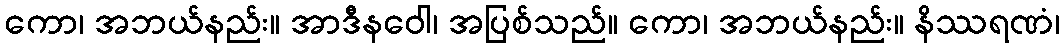
ကော၊ အဘယ်နည်း။ အာဒီနဝေါ၊ အပြစ်သည်။ ကော၊ အဘယ်နည်း။ နိဿရဏံ၊